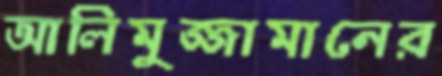
আলিমুজ্জামানের